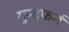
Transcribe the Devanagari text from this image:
गुन्दफर्न